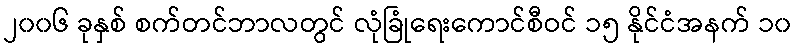
၂၀၀၆ ခုနှစ် စက်တင်ဘာလတွင် လုံခြုံရေးကောင်စီဝင် ၁၅ နိုင်ငံအနက် ၁၀